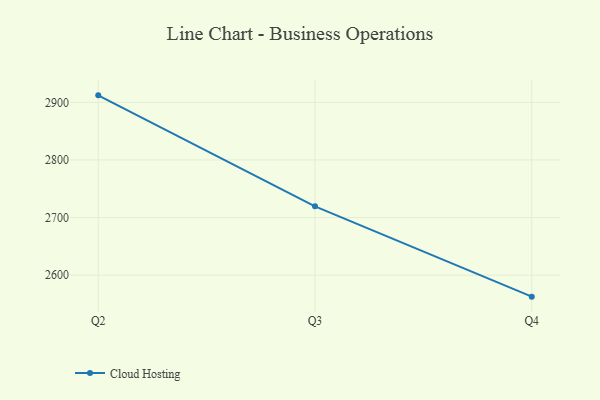
{"axis": {"x": "Quarter", "y": "Page Views"}, "legend": ["Cloud Hosting"], "data": [{"x": "Q2", "y": 2912.2, "type": "Cloud Hosting"}, {"x": "Q3", "y": 2719.5, "type": "Cloud Hosting"}, {"x": "Q4", "y": 2562.6, "type": "Cloud Hosting"}]}